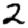
Digit: 2